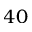
4 0